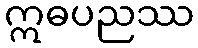
ဣဓပညဿ